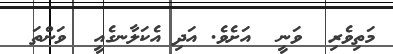
މަތިވެރި  ވަނީ  އަށެވެ. އަދި އެކަލާނގެއީ  ވަންތަ